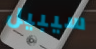
سيبيل